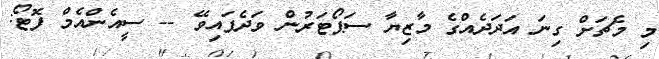
މި މެޗަށް ގިނަ އަދަދެއްގެ މާޒިޔާ ސަޕޯޓަރުން ވަދެފައިވޭ -- ސީއެންއެމް ފޮޓޯ: